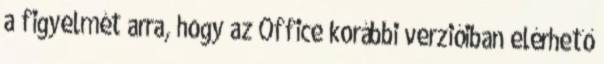
a figyelmét arra, hogy az Office korábbi verzióiban elérhető